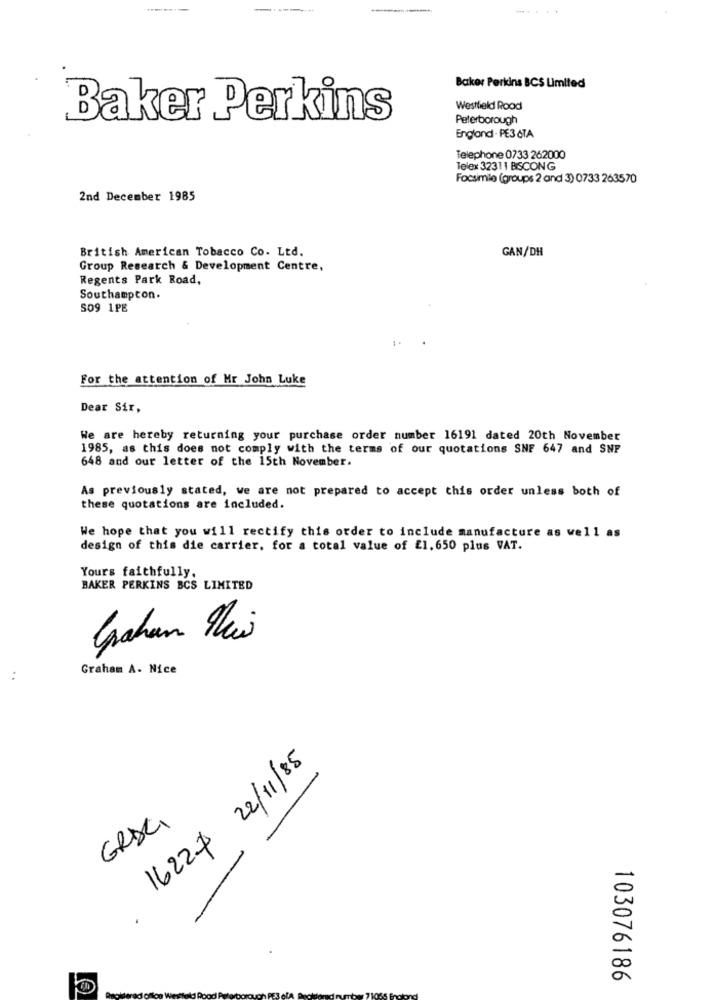
Baker Perkins BCS Umlled
Westfield Rood
Baker Perkins
Peterborough
England . PE3 6TA
Telephone 0733 262000
Telex 32311 BISCONG
Focsimio (groups 2 and 3) 0733 263570
2nd December 1985
British American Tobacco Co. Ltd.
GAN/DH
Group Research & Development Centre,
Regents Park Road,
Southampton.
SO9 1PE
For the attention of Mr John Luke
Dear Sir,
We are hereby returning your purchase order number 16191 dated 20th November
1985, as this does not comply with the terms of our quotations SNF 647 and SNP
648 and our letter of the 15th November.
As previously stated, we are not prepared to accept this order unless both of
these quotations are included.
We hope that you will rectify this order to include manufacture as well as
design of this die carrier, for a total value of £1. 650 plus VAT.
Yours faithfully.
BAKER PERKINS BCS LIMITED
Graham Mais
Graham A. Nice
. .
1622# 22/11/85
GRDCI
103076186